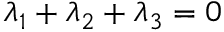
\lambda _ { 1 } + \lambda _ { 2 } + \lambda _ { 3 } = 0